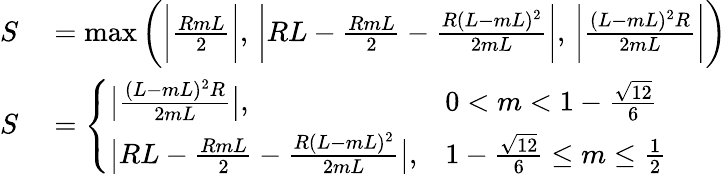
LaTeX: \begin{array}{rl}{S}&{{}=\operatorname*{max}\bigg(\bigg|\frac{RmL}{2}\bigg|,\, \bigg|RL-\frac{RmL}{2}-\frac{R(L-mL)^{2}}{2mL}\bigg|,\, \bigg|\frac{(L-mL)^{2}R}{2mL}\bigg|\bigg)}\\ {S}&{{}=\left\{ \begin{array}{ll}{\big|\frac{(L-mL)^{2}R}{2mL}\big|,}&{0<m<1-\frac{\sqrt{12}}{6}}\\ {\big|RL-\frac{RmL}{2}-\frac{R(L-mL)^{2}}{2mL}\big|,}&{1-\frac{\sqrt{12}}{6}\leq m\leq\frac{1}{2}}\end{array}\right.}\end{array}